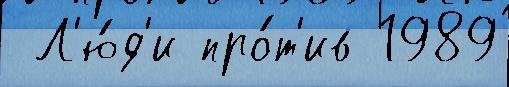
 Л'ю́д'и про́т'ив 1989